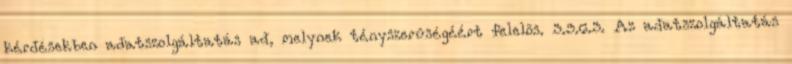
kérdésekben adatszolgáltatás ad, melynek tényszerûségéért felelõs. 3.3.6.3. Az adatszolgáltatás